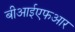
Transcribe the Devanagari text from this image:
बीआईएफआर